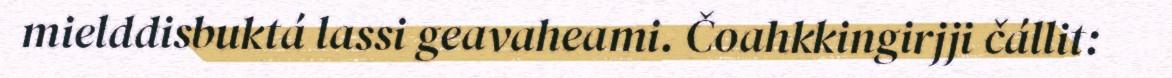
mielddisbuktá lassi geavaheami. Čoahkkingirjji čállit: